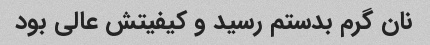
نان گرم بدستم رسید و کیفیتش عالی بود